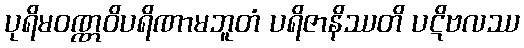
ပုရိမဝဏ္ဏဝိပရိဏာမဘူတံ ပရိဇာနိဿတိ ပဋိဗလဿ